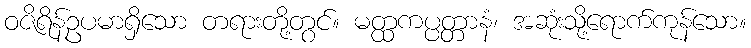
ဝဇိရိန်ဥပမာရှိသော တရားတို့တွင်။ မတ္ထကပ္ပတ္တာနံ၊ အဆုံးသို့ရောက်ကုန်သော။